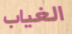
الغياب